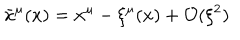
{ \bar { x } } ^ { \mu } ( x ) = x ^ { \mu } - \xi ^ { \mu } ( x ) + \mathcal { O } ( \xi ^ { 2 } )